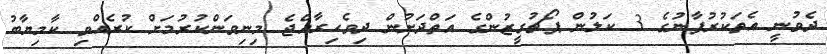
ދެވުނީ އެތަކުރުފާނުގެ 3 ކަލުން ޕޯޗުގީޒުންގެ އަތްދަށުން ދިވެހިރާއްޖެ މިނިވަންކުރުމަށް ކުރެއްވި ކާމިޔާބު